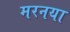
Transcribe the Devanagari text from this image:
मरनया